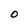
Character: 0